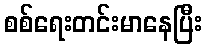
စစ်ရေးတင်းမာနေပြီး